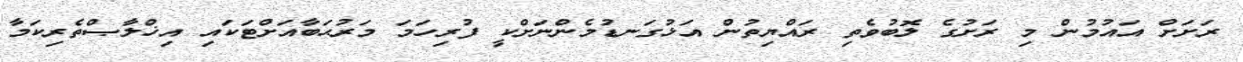
ރަށަށް އައުމުން މި ރަށުގެ ލޮބުވެތި ރައްޔިތުން އަޅުގަނޑުމެންނަށްކީ ފުރިހަމަ މަރުޙަބާއަށްޓަކައި އިޚްލާޞްތެރިކަމާ